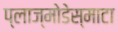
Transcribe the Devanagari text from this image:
प्लाज्मोडेस्माटा